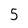
Character: 5